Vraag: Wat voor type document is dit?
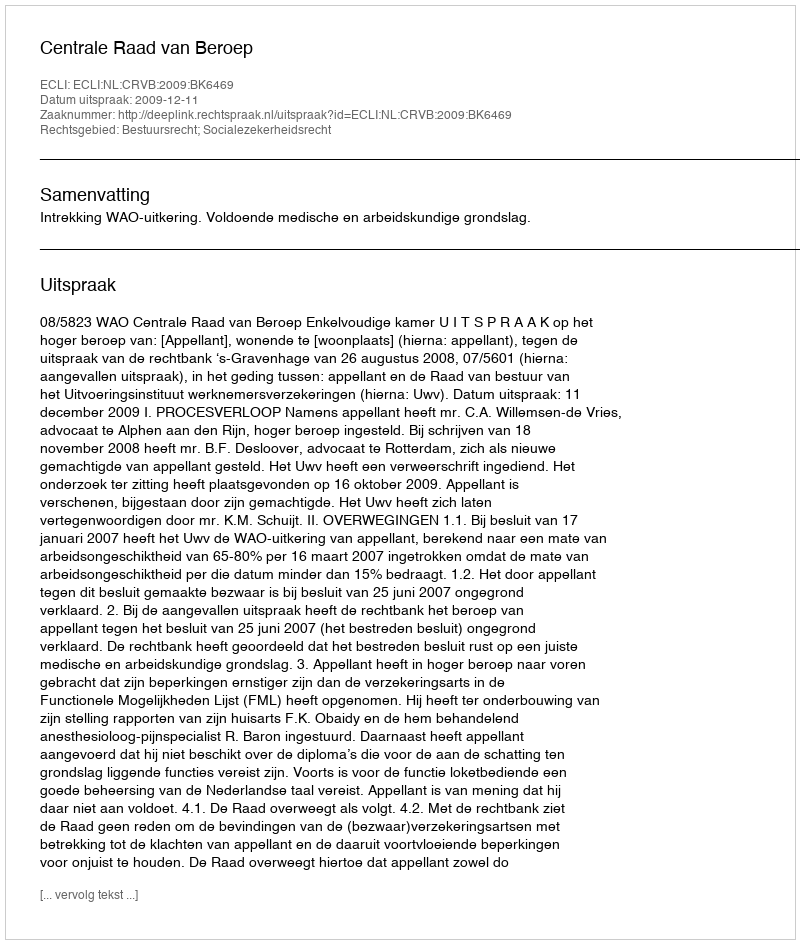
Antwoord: Uitspraak